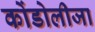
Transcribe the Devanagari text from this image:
कोंडोलीजा